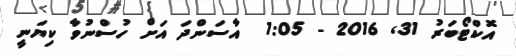
އޮކްޓޯބަރު 31